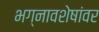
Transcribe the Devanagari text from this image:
भग्नावशेषांवर